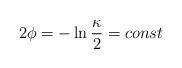
LaTeX: \begin{align*}2\phi=-\ln {\kappa \over 2} = const\end{align*}